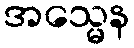
အသ္မေန